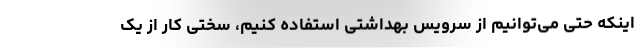
اینکه حتی می‌توانیم از سرویس بهداشتی استفاده کنیم، سختی کار از یک